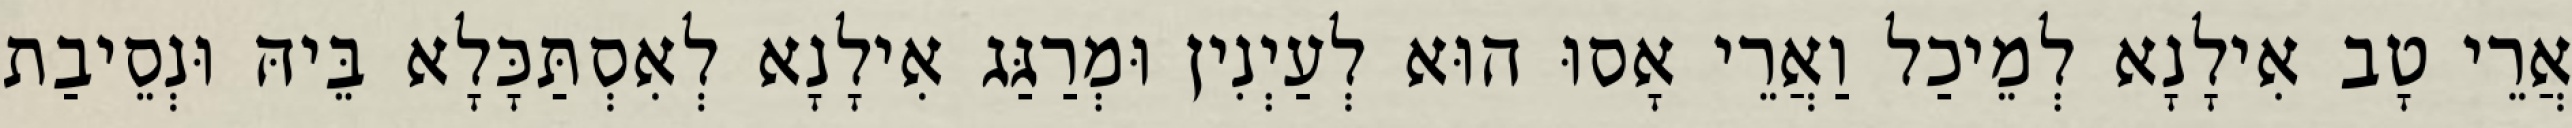
אֲרֵי טָב אִילָנָא לְמֵיכַל וַאֲרֵי אָסוּ הוּא לְעַיְנִין וּמְרַגַּג אִילָנָא לְאִסְתַּכָּלָא בֵּיהּ וּנְסֵיבַת